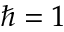
\hbar = 1